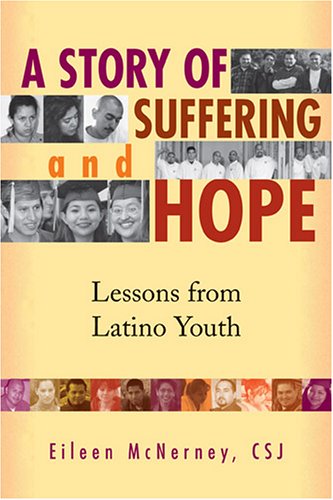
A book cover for A Story of Suffering and Hope: Lessons from Latino Youth; Eileen Mcnerney; Biographies & Memoirs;